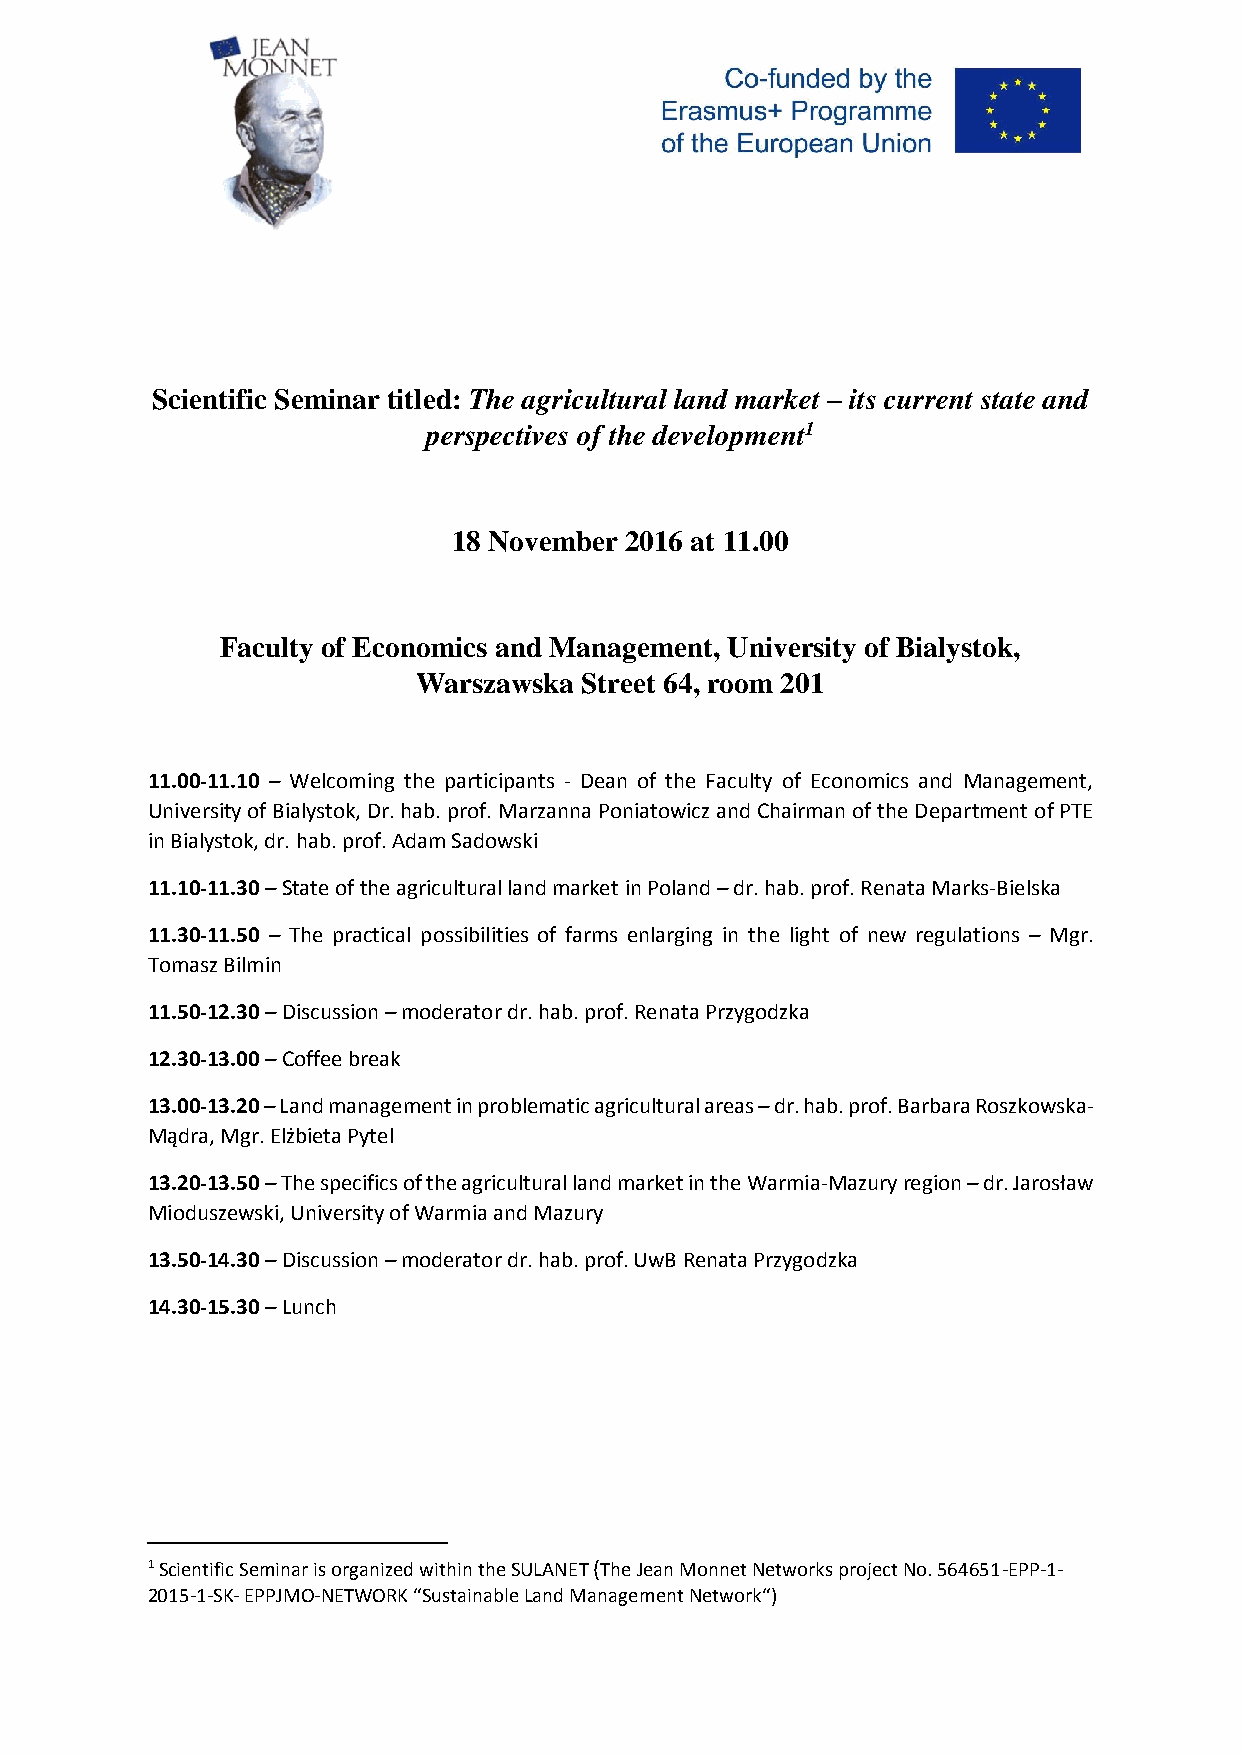
Scientific Seminar titled: The agricultural land market – its current state and
 perspectives of the development1
 18 November 2016 at 11.00
 Faculty of Economics and Management, University of Bialystok,
 Warszawska Street 64, room 201
 11.00-11.10 – Welcoming the participants - Dean of the Faculty of Economics and Management,
 University of Bialystok, Dr. hab. prof. Marzanna Poniatowicz and Chairman of the Department of PTE
 in Bialystok, dr. hab. prof. Adam Sadowski
 11.10-11.30 – State of the agricultural land market in Poland – dr. hab. prof. Renata Marks-Bielska
 11.30-11.50 – The practical possibilities of farms enlarging in the light of new regulations – Mgr.
 Tomasz Bilmin
 11.50-12.30 – Discussion – moderator dr. hab. prof. Renata Przygodzka
 12.30-13.00 – Coffee break
 13.00-13.20 – Land management in problematic agricultural areas – dr. hab. prof. Barbara Roszkowska-
 Mądra, Mgr. Elżbieta Pytel
 13.20-13.50 – The specifics of the agricultural land market in the Warmia-Mazury region – dr. Jarosław
 Mioduszewski, University of Warmia and Mazury
 13.50-14.30 – Discussion – moderator dr. hab. prof. UwB Renata Przygodzka
 14.30-15.30 – Lunch
 1 Scientific Seminar is organized within the SULANET (The Jean Monnet Networks project No. 564651-EPP-1-
 2015-1-SK- EPPJMO-NETWORK “Sustainable Land Management Network“)